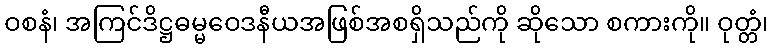
ဝစနံ၊ အကြင်ဒိဋ္ဌဓမ္မဝေဒနီယအဖြစ်အစရှိသည်ကို ဆိုသော စကားကို။ ဝုတ္တံ၊